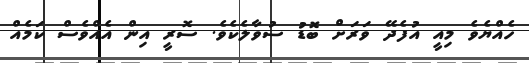
ހެއްޔެވެ މިއީ އުފެދޭ ވަރަށް ބޮޑު ސުވާލެކެވެ. ސޮރީ އިން އެއްވެސް ކަމެއް